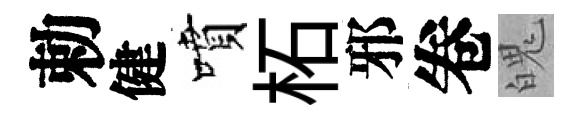
勅健噴柘邪卷魄